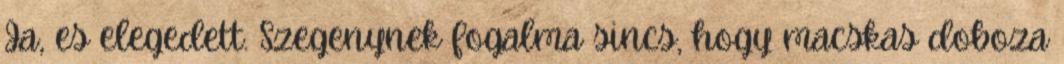
Ja, es elegedett. Szegenynek fogalma sincs, hogy macskas doboza